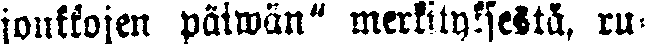
joukkojen päiwän" merkitykseltä, ru-